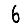
Digit: 6